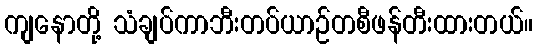
ကျနောတို့ သံချပ်ကာဘီးတပ်ယာဉ်တစီဖန်တီးထားတယ်။